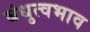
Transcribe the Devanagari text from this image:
बंधुत्वभाव